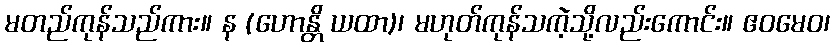
မတည်ကုန်သည်ကား။ န (ဟောန္တိ ယထာ)၊ မဟုတ်ကုန်သကဲ့သို့လည်းကောင်း။ ဧဝမေဝ၊